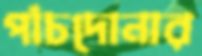
পাঁচদোনার